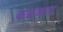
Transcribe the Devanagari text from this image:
कळव्यात